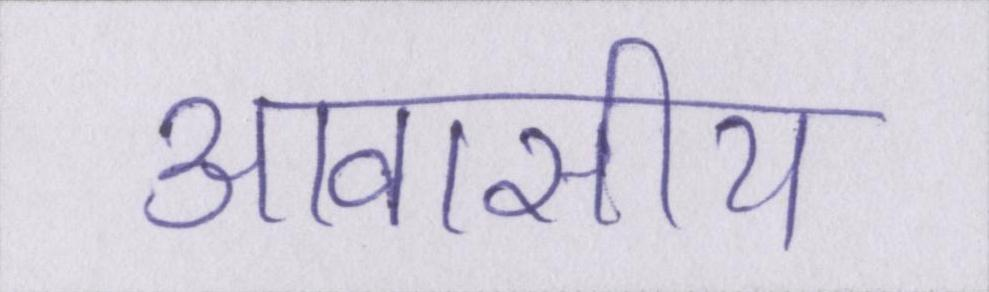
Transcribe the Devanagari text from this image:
आवासीय